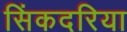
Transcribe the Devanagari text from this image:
सिंकदरिया